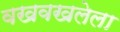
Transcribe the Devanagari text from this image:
वखवखलेला